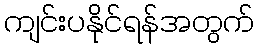
ကျင်းပနိုင်ရန်အတွက်